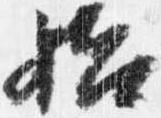
始